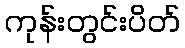
ကုန်းတွင်းပိတ်